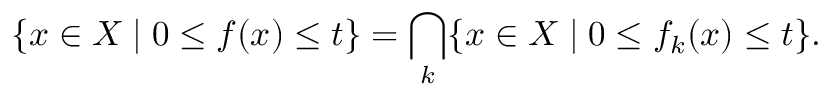
\{ x \in X \mid 0 \leq f ( x ) \leq t \} = \bigcap _ { k } \{ x \in X \mid 0 \leq f _ { k } ( x ) \leq t \} .